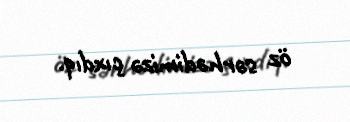
öz sərhədimizə çıxdıq.